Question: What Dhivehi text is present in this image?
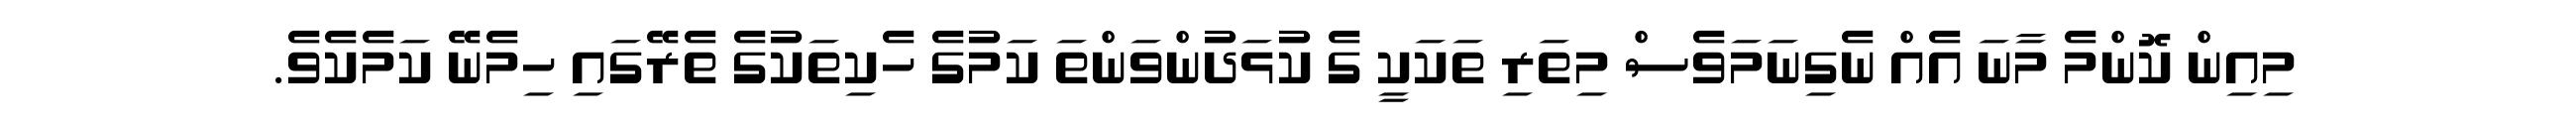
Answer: މިއިން ކޮންމެ މާނަ އެއް ނެގިނަމަވެސް މިތަރި ތަކަކީ ގެ ކުޅަދުންވަންތަ ކަމުގެ ހެކިތަކުގެ ތެރޭގައި ހިމެނޭ ކަމެކެވެ.